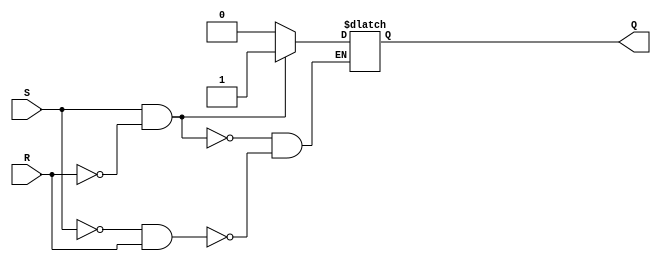
module SR_latch (
    input S,
    input R,
    output Q
);

reg Q;

always @ (S, R)
begin
    if (S & ~R) //set state
        Q <= 1;
    else if (~S & R) //reset state
        Q <= 0;
end

endmodule